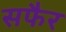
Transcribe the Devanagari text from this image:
सफैर